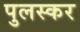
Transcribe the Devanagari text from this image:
पुलस्कर